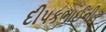
દીપકભાઈની